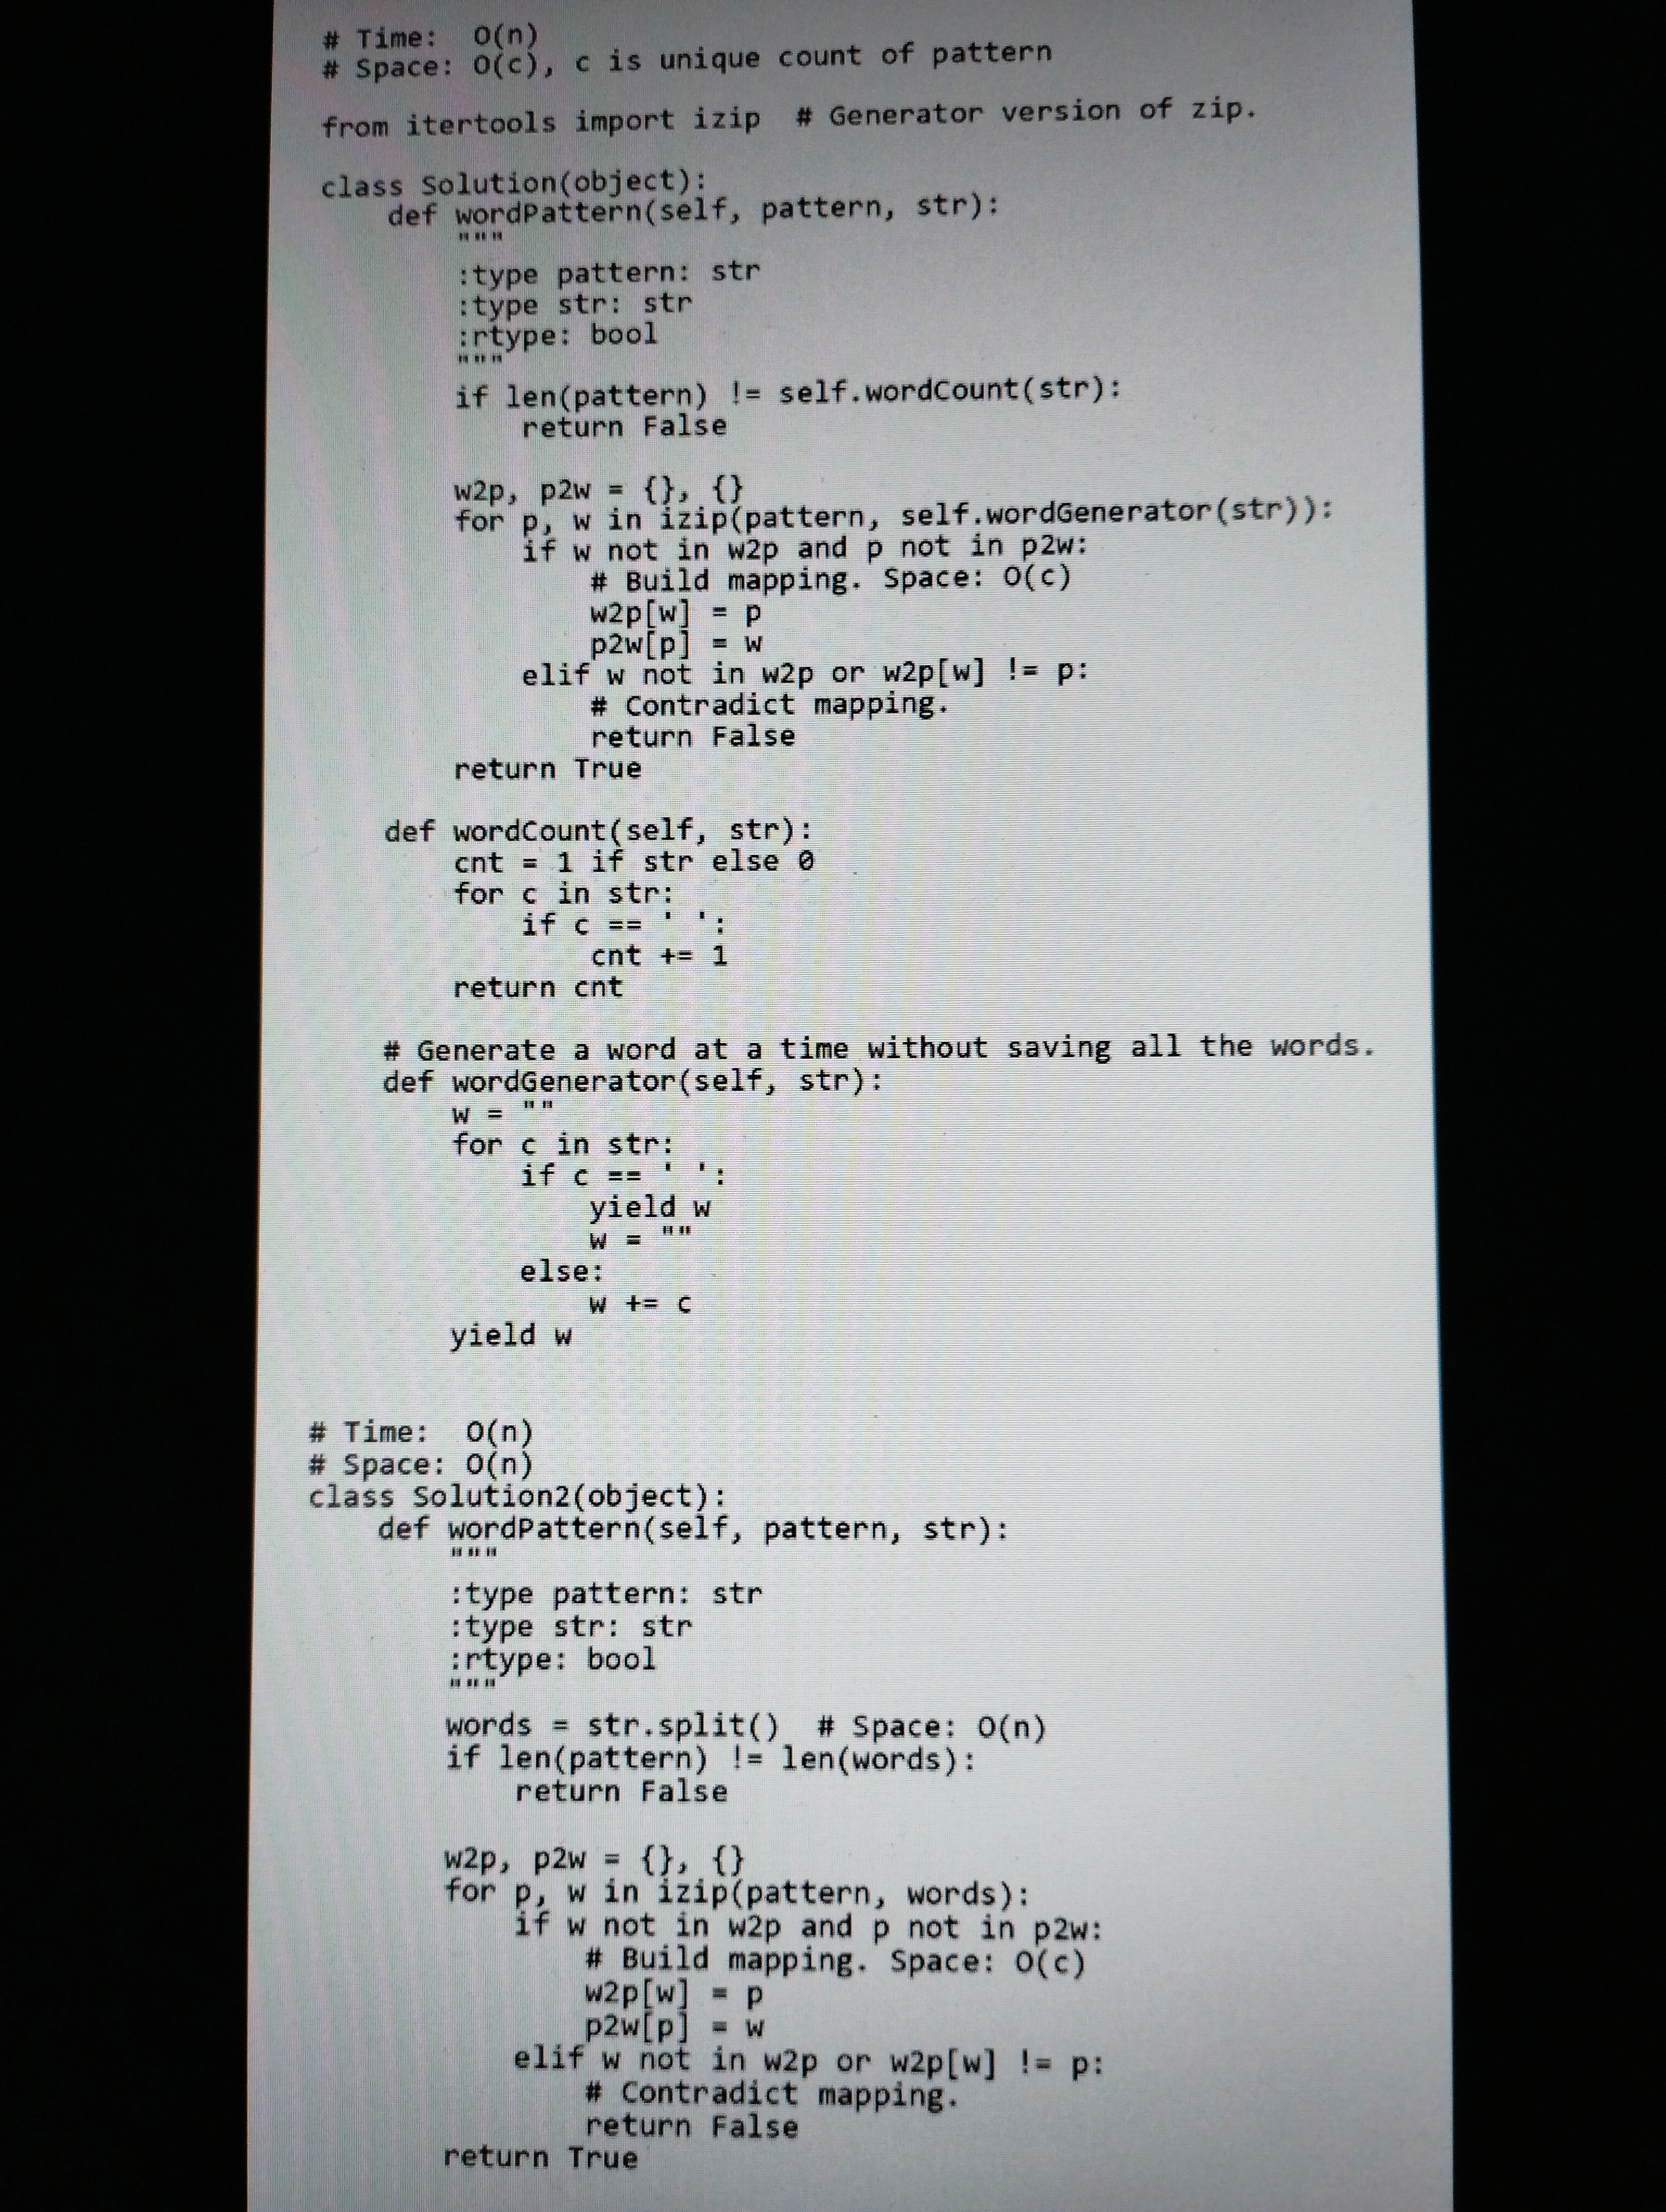
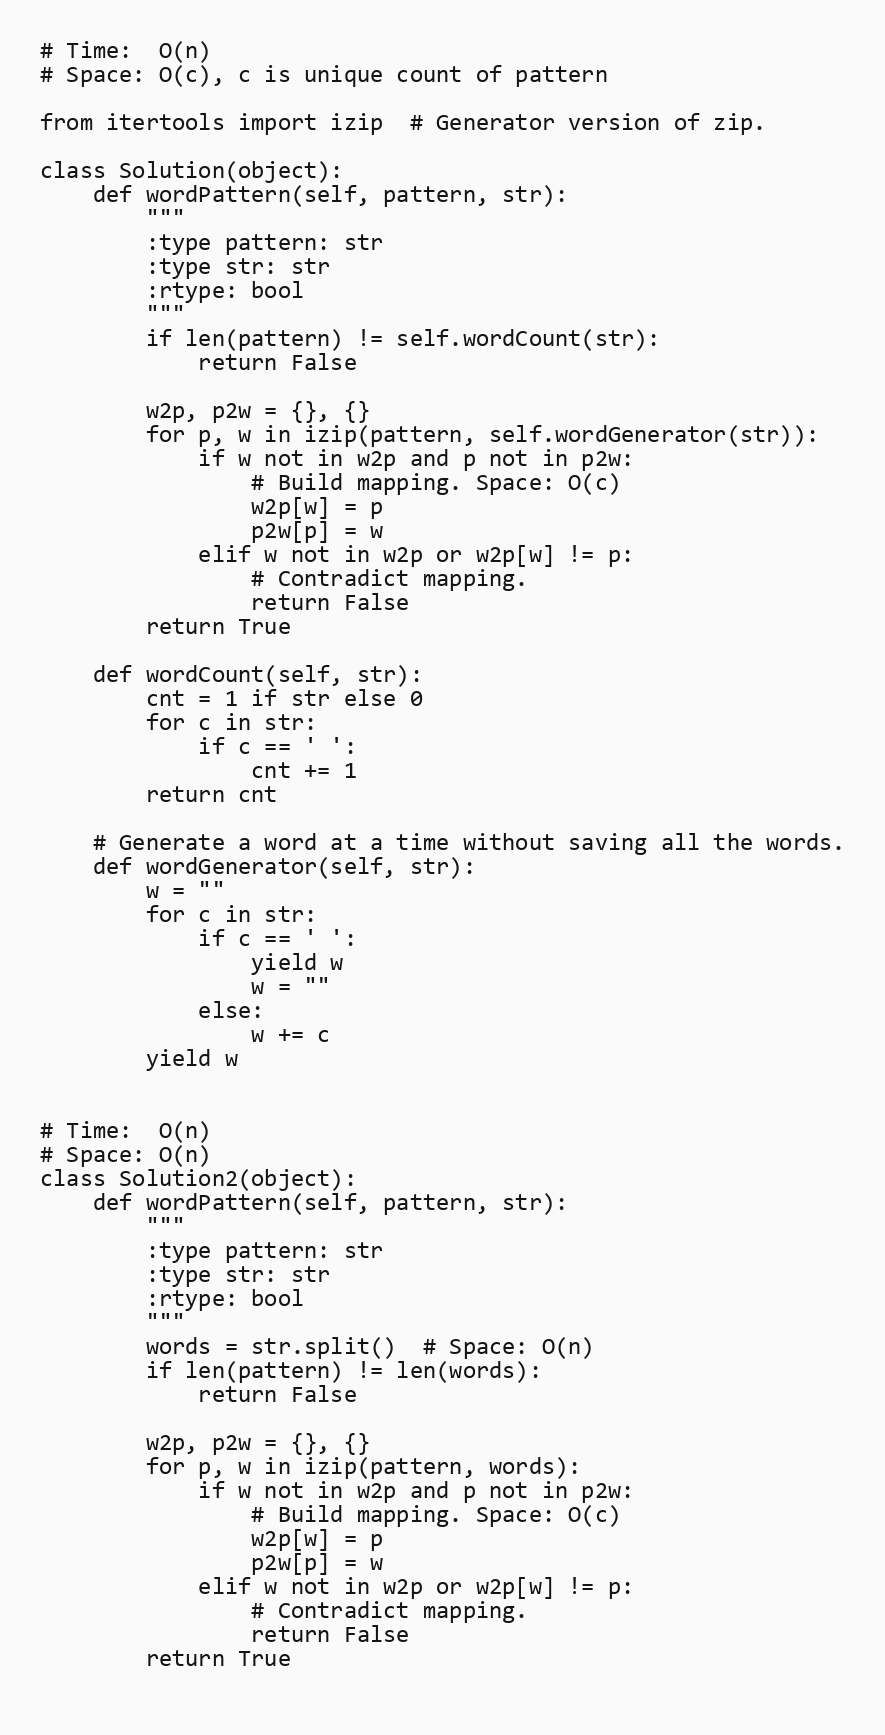
# Time:  O(n)
# Space: O(c), c is unique count of pattern

from itertools import izip  # Generator version of zip.

class Solution(object):
    def wordPattern(self, pattern, str):
        """
        :type pattern: str
        :type str: str
        :rtype: bool
        """
        if len(pattern) != self.wordCount(str):
            return False

        w2p, p2w = {}, {}
        for p, w in izip(pattern, self.wordGenerator(str)):
            if w not in w2p and p not in p2w:
                # Build mapping. Space: O(c)
                w2p[w] = p
                p2w[p] = w
            elif w not in w2p or w2p[w] != p:
                # Contradict mapping.
                return False
        return True

    def wordCount(self, str):
        cnt = 1 if str else 0
        for c in str:
            if c == ' ':
                cnt += 1
        return cnt

    # Generate a word at a time without saving all the words.
    def wordGenerator(self, str):
        w = ""
        for c in str:
            if c == ' ':
                yield w
                w = ""
            else:
                w += c
        yield w

# Time:  O(n)
# Space: O(n)
class Solution2(object):
    def wordPattern(self, pattern, str):
        """
        :type pattern: str
        :type str: str
        :rtype: bool
        """
        words = str.split()  # Space: O(n)
        if len(pattern) != len(words):
            return False

        w2p, p2w = {}, {}
        for p, w in izip(pattern, words):
            if w not in w2p and p not in p2w:
                # Build mapping. Space: O(c)
                w2p[w] = p
                p2w[p] = w
            elif w not in w2p or w2p[w] != p:
                # Contradict mapping.
                return False
        return True